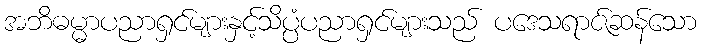
အဘိဓမ္မာပညာရှင်များနှင့်သိပ္ပံပညာရှင်များသည် ပဒေသရာဇ်ဆန်သော